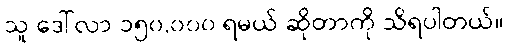
သူ ဒေါ်လာ ၁၅၀,၀၀၀ ရမယ် ဆိုတာကို သိရပါတယ်။